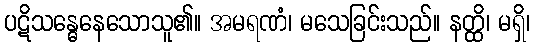
ပဋိသန္ဓေနေသောသူ၏။ အမရဏံ၊ မသေခြင်းသည်။ နတ္ထိ၊ မရှိ၊